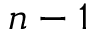
n - 1